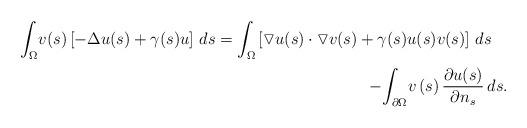
LaTeX: \begin{align*}\begin{array}[c]{r}{\displaystyle\int_{\Omega}}v(s)\left[ -\Delta u(s)+\gamma(s)u\right] \,ds={\displaystyle\int_{\Omega}}\left[ \triangledown u(s)\cdot\triangledown v(s)+\gamma(s)u(s)v(s)\right]\,ds\quad\medskip\\-{\displaystyle\int_{\partial\Omega}}v\left( s\right) \dfrac{\partial u(s)}{\partial n_{s}}\,ds.\end{array}\end{align*}